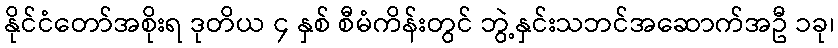
နိုင်ငံတော်အစိုးရ ဒုတိယ ၄ နှစ် စီမံကိန်းတွင် ဘွဲ့နှင်းသဘင်အဆောက်အဦ ၁ခု၊